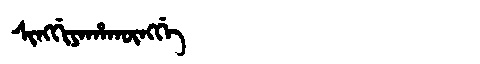
Manchu: ᠰᡳᠩᡤᡳᠶᠠᡥᠠᡴᡡᠩᡤᡝ
Romanization: SINGGIYAHAKŪNGGE